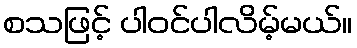
စသဖြင့် ပါဝင်ပါလိမ့်မယ်။